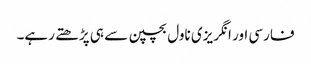
فارسی اور انگریزی ناول بچپن سے ہی پڑھتے رہے۔